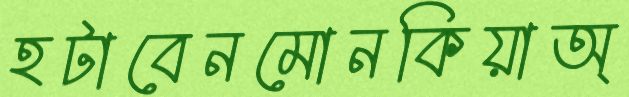
হটাবেনমোনকিয়াঅ্